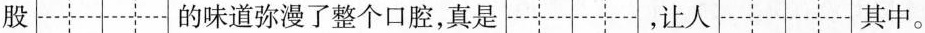
股 的味道弥漫了整个口腔，真是 ，让人 其中。